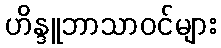
ဟိန္ဒူဘာသာဝင်များ